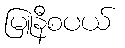
မြူနီစပယ်